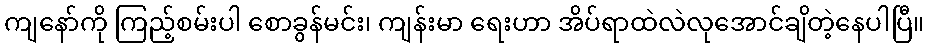
ကျနော်ကို ကြည့်စမ်းပါ စောခွန်မင်း၊ ကျန်းမာ ရေးဟာ အိပ်ရာထဲလဲလုအောင်ချိတဲ့နေပါပြီ။